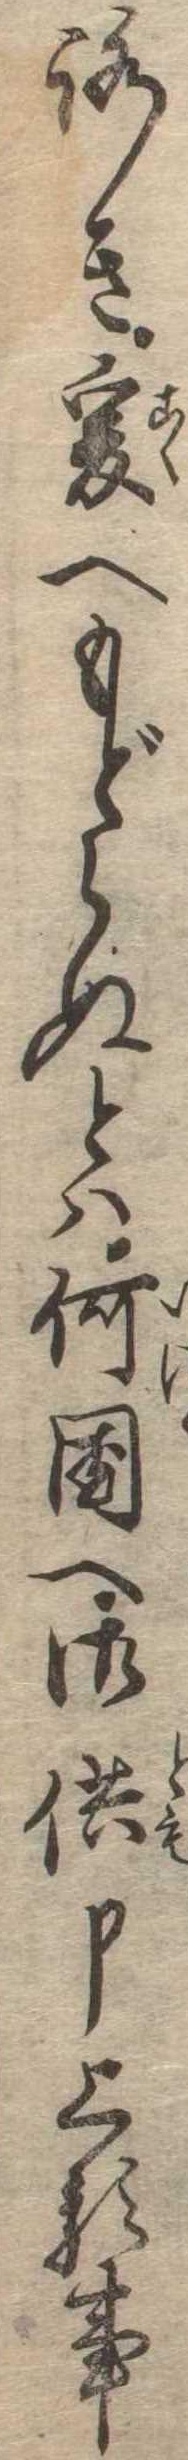
ろき爰へもどらぬとは何国へ御供申上る事